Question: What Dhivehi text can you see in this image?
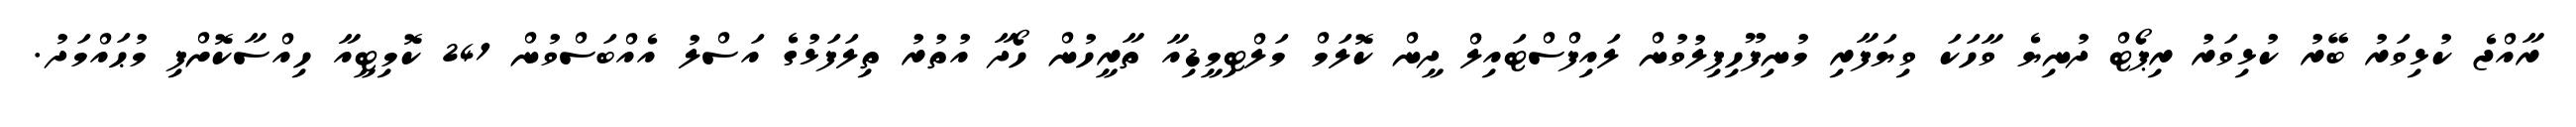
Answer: ރާއްޖެ ކުޅިވަރު ބޭރު ކުޅިވަރު ރިޕޯޓް ދުނިޔެ ވާހަކަ ވިޔަފާރި މުނިފޫހިފިލުވުން ލައިފްސްޓައިލް ދީން ކޮލަމް މަލްޓިމީޑިއާ ތާރީހުން ހޯދާ އުތުރު ތިލަފަޅުގެ އަސްލު އެއްބަސްވުން 241 ކޮމިޓީއާ ހިއްސާކޮށްފި މުޙައްމަދު.